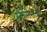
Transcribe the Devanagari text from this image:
स्कॉर्सेसीची